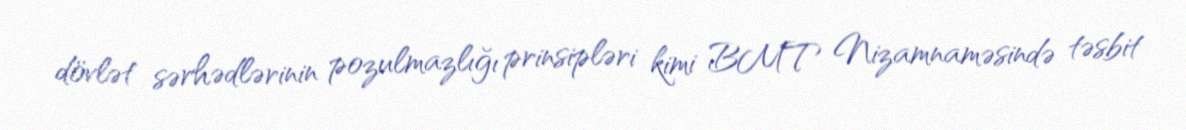
dövlət sərhədlərinin pozulmazlığı prinsipləri kimi BMT Nizamnaməsində təsbit